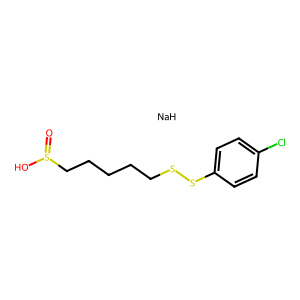
SMILES: O=S(O)CCCCCSSc1ccc(Cl)cc1.[NaH]
Inhibits HIV replication: No